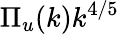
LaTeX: \Pi_{u}(k)k^{4/5}